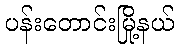
ပန်းတောင်းမြို့နယ်